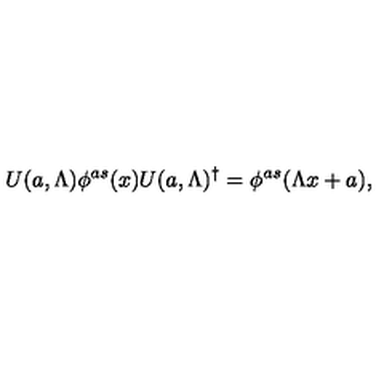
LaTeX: U ( a , \Lambda ) \phi ^ { a s } ( x ) U ( a , \Lambda ) ^ { \dagger } = \phi ^ { a s } ( \Lambda x + a ) ,